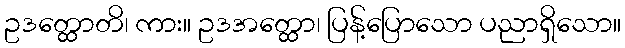
ဥဒတ္ထောတိ၊ ကား။ ဥဒအတ္ထော၊ ပြန့်ပြောသော ပညာရှိသော။